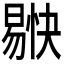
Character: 𭧚